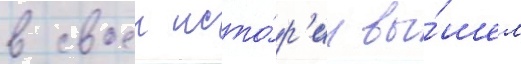
в своеи исто́р'ии вы́шел